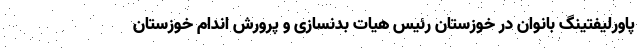
پاورلیفتینگ بانوان در خوزستان رئیس هیات بدنسازی و پرورش اندام خوزستان